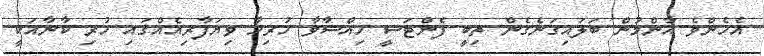
އެހެންވެ އާންމުން ބަލައިގަނެގެން ތިބީ ފެންޓަސީ ހިއްސާވާ ހުރިހާ ވިޔަފާރިއެއްގައި ހުރި ކާނާއަކީ